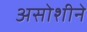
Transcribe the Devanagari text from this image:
असोशीने